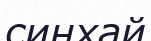
синхай